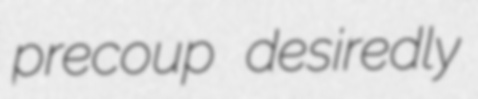
precoup desiredly